Lunatic asylums Punjab 1868-1880 - 1868-1880
Year: 1868
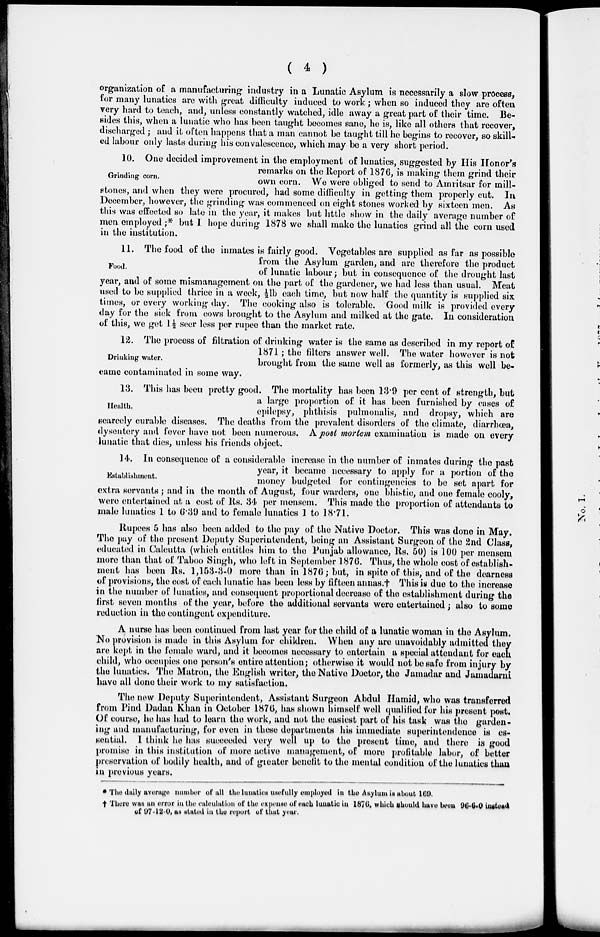
( 4 )
organization of a manufacturing industry in a Lunatic Asylum is necessarily a slow process,
for many lunatics are with great difficulty induced to work; when so induced they are often
very hard to teach, and, unless constantly watched, idle away a great part of their time. Be-
sides this, when a lunatic who has been taught becomes sane, he is, like all others that recover,
discharged; and it often happens that a man cannot be taught till he begins to recover, so skill-
ed labour only lasts during his convalescence, which may be a very short period.
Grinding corn.
10. One decided improvement in the employment of lunatics, suggested by His Honor's
remarks on the Report of 1876, is making them grind their
own corn. We were obliged to send to Amritsar for mill-
stones, and when they were procured, had some difficulty in getting them properly cut. In
December, however, the grinding was commenced on eight stones worked by sixteen men. As
this was effected so late in the year, it makes but little show in the daily average number of
men employed ;* but I hope during 1878 we shall make the lunatics grind all the corn used
in the institution.
Food.
11. The food of the inmates is fairly good. Vegetables are supplied as far as possible
from the Asylum garden, and are therefore the product
of lunatic labour; but in consequence of the drought last
year, and of some mismanagement on the part of the gardener, we had less than usual. Meat
used to be supplied thrice in a week, ½lb each time, but now half the quantity is supplied six
times, or every working day. The cooking also is tolerable. Good milk is provided every
day for the sick from cows brought to the Asylum and milked at the gate. In consideration
of this, we get 1½ seer less per rupee than the market rate.
Drinking water.
12. The process of filtration of drinking water is the same as described in my report of
1871; the filters answer well. The water however is not
brought from the same well as formerly, as this well be-
came contaminated in some way.
Health.
13. This has been pretty good. The mortality has been 13.9 per cent of strength, but
a large proportion of it has been furnished by cases of
epilepsy, phthisis pulmonalis, and dropsy, which are
scarcely curable diseases. The deaths from the prevalent disorders of the climate, diarrhœa,
dysentery and fever have not been numerous. A post mortem examination is made on every
lunatic that dies, unless his friends object.
Establishment.
14. In consequence of a considerable increase in the number of inmates during the past
year, it became necessary to apply for a portion of the
money budgeted for contingencies to be set apart for
extra servants ; and in the month of August, four warders, one bhistie, and one female cooly,
were entertained at a cost of Rs. 34 per mensem. This made the proportion of attendants to
male lunatics 1 to 6.39 and to female lunatics 1 to 18.71.
Rupees 5 has also been added to the pay of the Native Doctor. This was done in May.
The pay of the present Deputy Superintendent, being an Assistant Surgeon of the 2nd Class,
educated in Calcutta (which entitles him to the Punjab allowance, Rs. 50) is 100 per mensem
more than that of Taboo Singh, who left in September 1876. Thus, the whole cost of establish-
ment has been Rs. 1,153-3-0 more than in 1876; but, in spite of this, and of the dearness
of provisions, the cost of each lunatic has been less by fifteen annas.† This is due to the increase
in the number of lunatics, and consequent proportional decrease of the establishment during the
first seven months of the year, before the additional servants were entertained; also to some
reduction in the contingent expenditure.
A nurse has been continued from last year for the child of a lunatic woman in the Asylum.
No provision is made in this Asylum for children. When any are unavoidably admitted they
are Kept in the female ward, and it becomes necessary to entertain a special attendant for each
child, who occupies one person's entire attention; otherwise it would not be safe from injury by
the lunatics. The Matron, the English writer, the Native Doctor, the Jamadar and Jamadarni
have all done their work to my satisfaction.
The new Deputy Superintendent, Assistant Surgeon Abdul Hamid, who was transferred
from Pind Dadan Khan in October 1876, has shown himself well qualified for his present post.
Of course, he has had to learn the work, and not the easiest part of his task was the garden-
ing and manufacturing, for even in these departments his immediate superintendence is es-
sential. I think he has succeeded very well up to the present time, and there is good
promise in this institution of more active management, of more profitable labor, of better
preservation of bodily health, and of geater benefit to the mental condition of the lunatics than
in previous years.
* The daily average number of all the lunatics usefully employed in the Asylum is about 169.
† There was an error in the calculation of the expense of each lunatic in 1876, which should have been 96.6.0 instead
of 97.12.0, as stated in the report of that year.